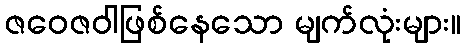
ဇဝေဇဝါဖြစ်နေသော မျက်လုံးများ။